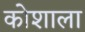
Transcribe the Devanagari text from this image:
कोशाला